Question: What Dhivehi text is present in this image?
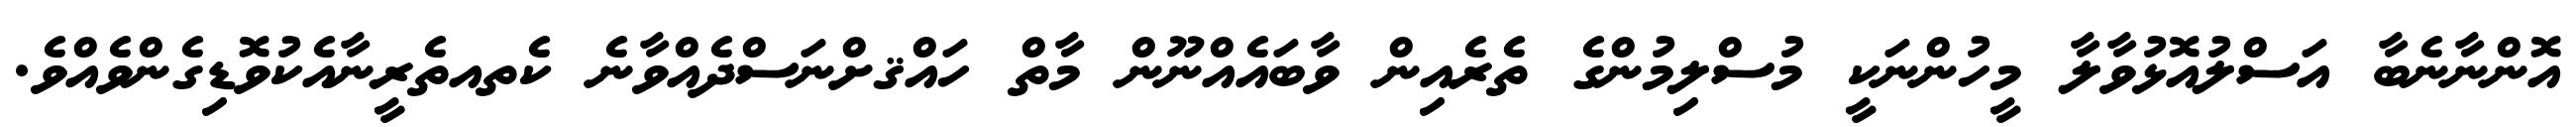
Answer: އޮންނާނެބާ އަސްލުއޮޅުވާލާ މީހުންނަކީ މުސްލިމުންގެ ތެރެއިން ވާބައެއްނޫން މާތް ހައްޤށްނަސްދެއްވާނެ ކެތއތެރީނާއެކުވޮޑިގެންވެއްވެ.